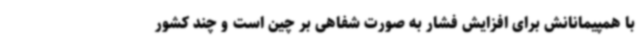
با همپیمانانش برای افزایش فشار به صورت شفاهی بر چین است و چند کشور